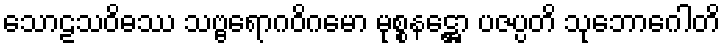
သောဠသဝိဓဿ သဗ္ဗရောဂဝိဂမော မုစ္စနဋ္ဌော ပဇပ္ပတိ သုဘောဂေါတိ